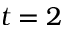
t = 2